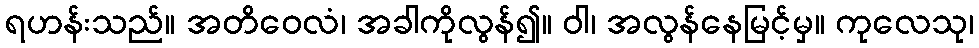
ရဟန်းသည်။ အတိဝေလံ၊ အခါကိုလွန်၍။ ဝါ၊ အလွန်နေမြင့်မှ။ ကုလေသု၊